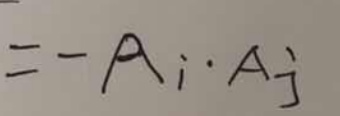
$= - A_{i} \cdot A_{j}$